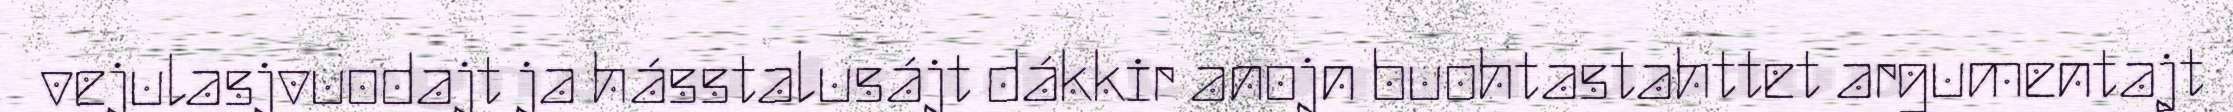
vejulasjvuodajt ja hásstalusájt dákkir anojn buohtastahttet argumentajt